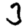
Digit: 3